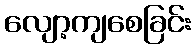
လျော့ကျစေခြင်း